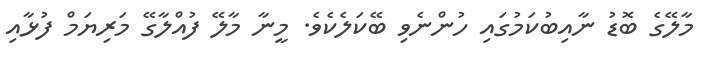
މާލޭގެ ބޮޑު ނާއިބުކަމުގައި ހުންނެވި ބޭކަލެކެވެ. މީނާ މާލޭ ފުއްލާގޭ މަރިޔަމް ފުޅާއި